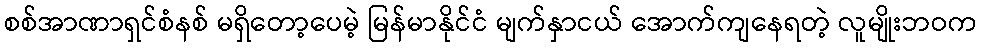
စစ်အာဏာရှင်စံနစ် မရှိတော့ပေမဲ့ မြန်မာနိုင်ငံ မျက်နှာငယ် အောက်ကျနေရတဲ့ လူမျိုးဘဝက